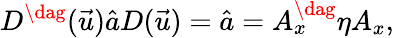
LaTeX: D^{\dag}(\vec{u})\hat{a}D(\vec{u})=\hat{a}=A_{x}^{\dag}\eta A_{x},